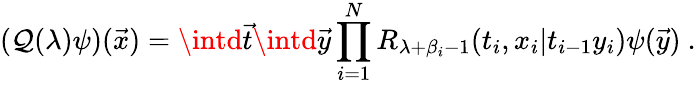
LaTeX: (\mathcal{Q}(\lambda)\psi)({\vec{{x}}})=\intd{\vec{{t}}}\intd{\vec{{y}}}\prod_{i=1}^{N}R_{\lambda+\beta_{i}-1}(t_{i},x_{i}|t_{i-1}y_{i})\psi({\vec{{y}}})~.